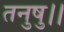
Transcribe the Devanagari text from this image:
तनुषु।।